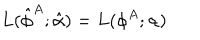
L ( \hat { \phi } ^ { A } ; \hat { \alpha } ) = L ( \phi ^ { A } ; \alpha )